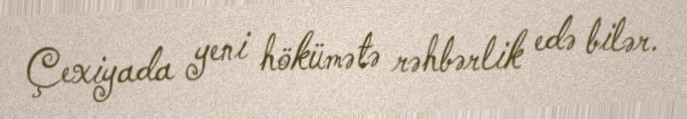
Çexiyada yeni hökümətə rəhbərlik edə bilər.